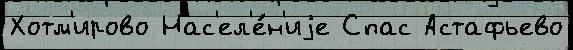
Хотм'ирово Нас'ел'е́н'иjе Спас Астафьево